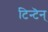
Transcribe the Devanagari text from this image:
टिन्टॆन्